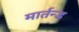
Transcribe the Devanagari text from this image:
मार्तन्ड